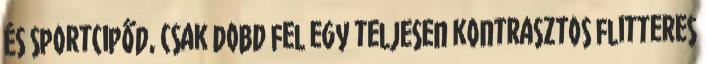
és sportcipőd, csak dobd fel egy teljesen kontrasztos flitteres